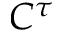
C ^ { \tau }